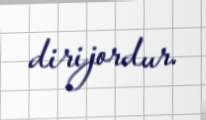
dirijordur.